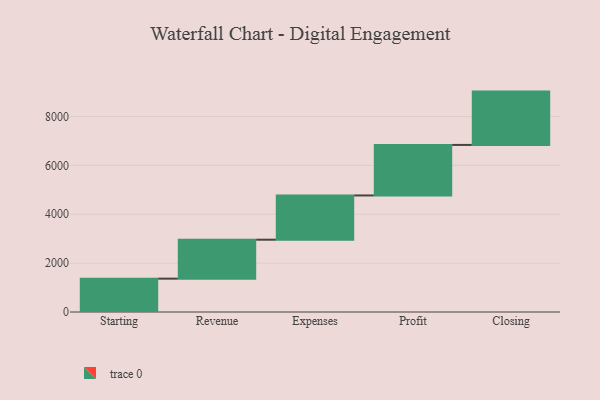
{"axis": {"x": "Step", "y": "Value"}, "legend": [""], "data": [{"x": "Starting", "y": 1365.0, "type": ""}, {"x": "Revenue", "y": 1594.0, "type": ""}, {"x": "Expenses", "y": 1812.0, "type": ""}, {"x": "Profit", "y": 2068.0, "type": ""}, {"x": "Closing", "y": 2183.0, "type": ""}]}